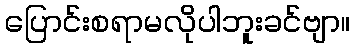
ပြောင်းစရာမလိုပါဘူးခင်ဗျာ။